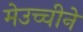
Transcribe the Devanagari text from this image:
मेउच्चीने